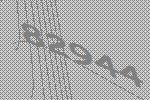
82944